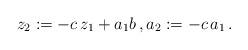
LaTeX: \begin{align*}z_2:= - c\,z_1 + a_1 b\,, a_2:= - {c}\,a_1\,.\end{align*}